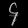
Digit: ၄